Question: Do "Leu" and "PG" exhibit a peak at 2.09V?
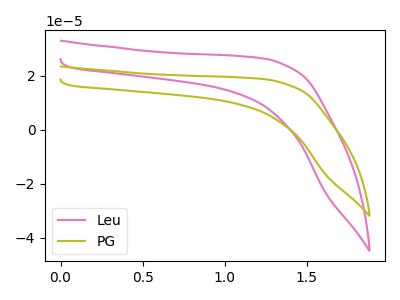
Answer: <think>The pink curve "Leu" has no peaks. The olive curve "PG" has no peaks.</think>
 <answer>No, "Leu" and "PG" dont share a peak at 2.09V.</answer>
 <eval>mismatch</eval>